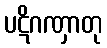
ပဋိဂဏှာတု